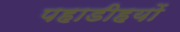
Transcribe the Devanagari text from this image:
पहाडीहयों